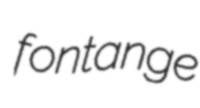
fontange